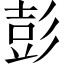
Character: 彭